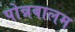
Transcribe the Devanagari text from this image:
पोन्नबालम